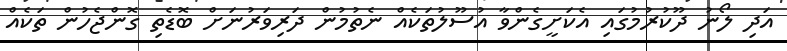
އަދި ލޯނު ދޫކުރުމުގައި އެކަށީގެންވާ އުސޫލުތަކެއް ނެތުމުން ދަރިވަރުނަށް ބޮޑެތި ގޮންޖެހުން ތަކެއް